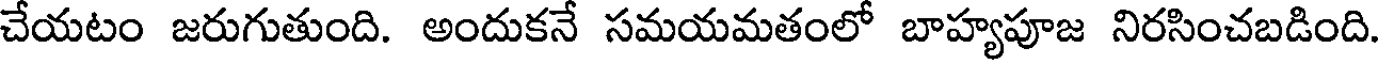
చేయటం జరుగుతుంది. అందుకనే సమయమతంలో బాహ్యపూజ నిరసించబడింది